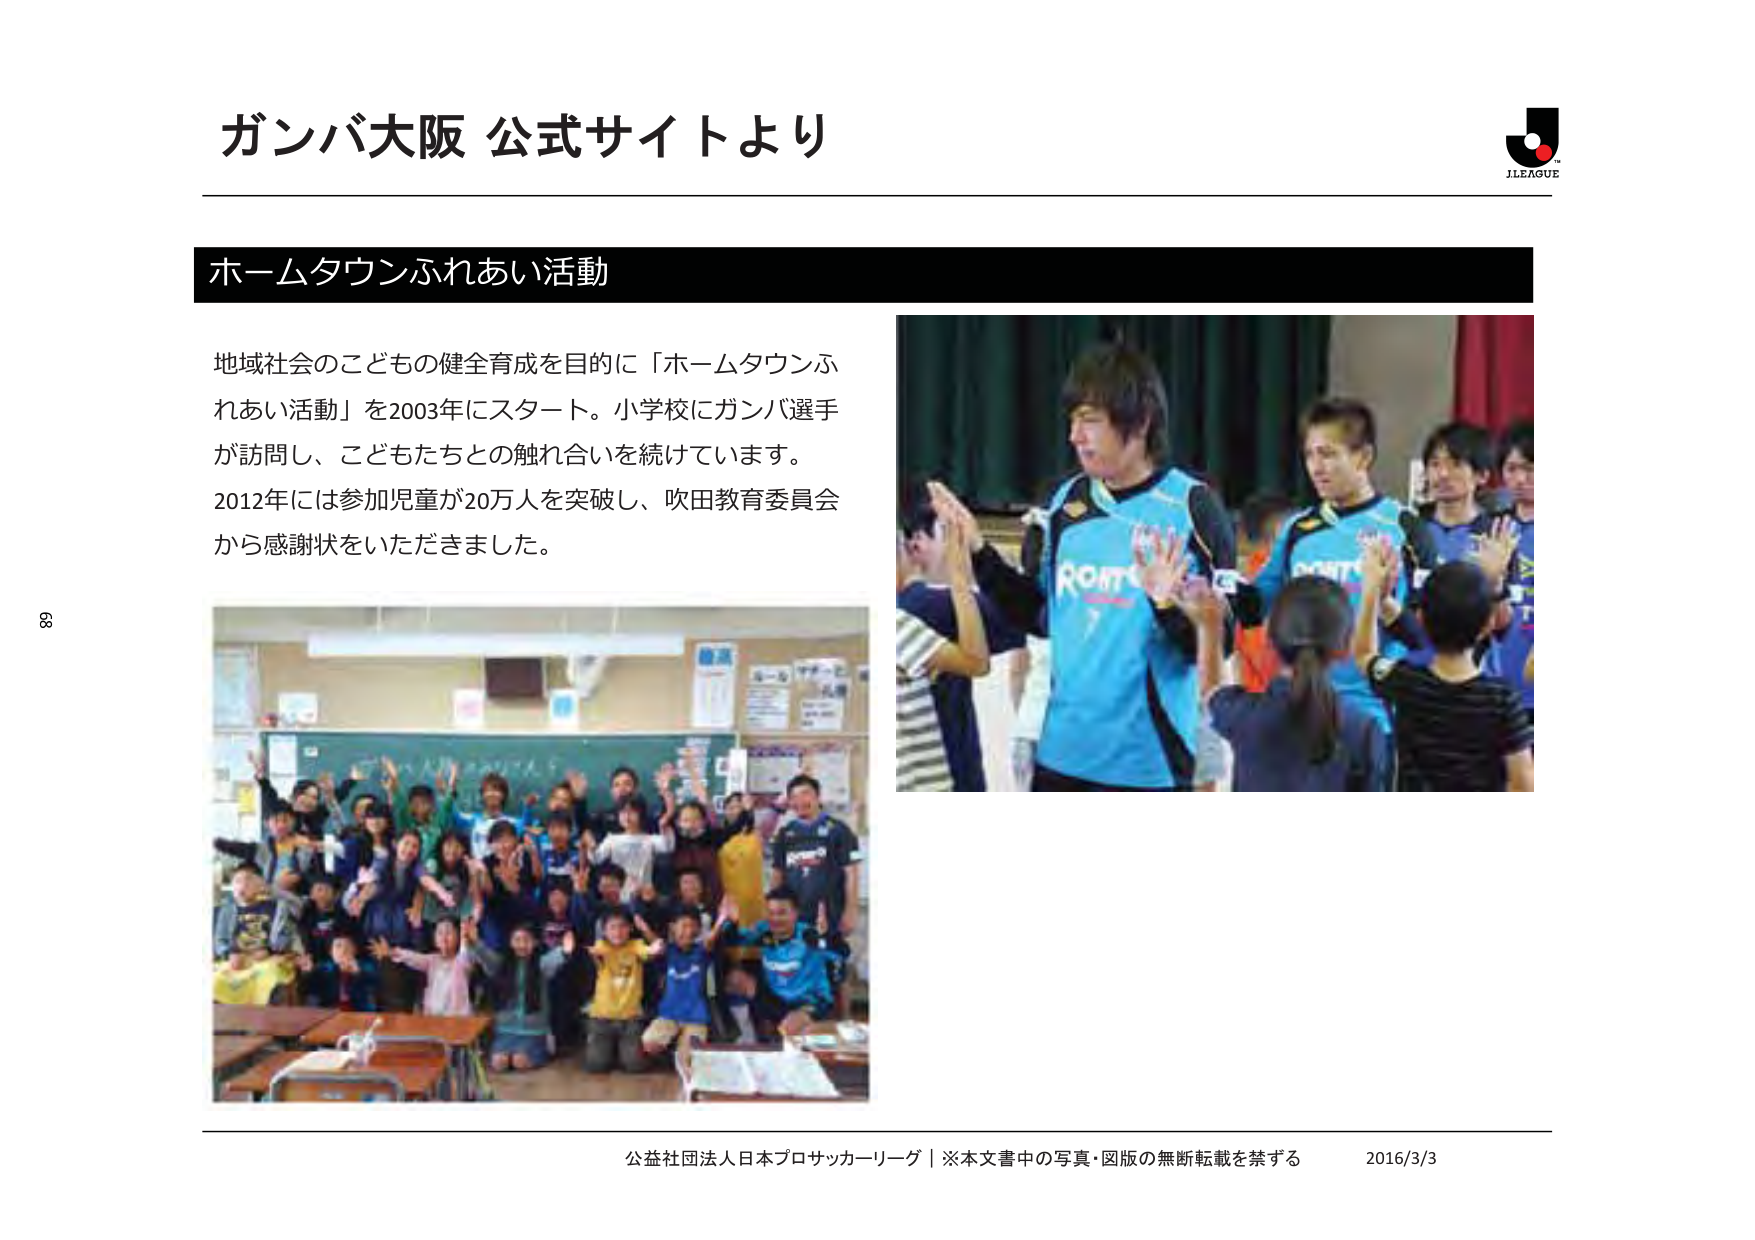
ガンバ大阪 公式サイトより

ホームタウンふれあい活動

地域社会のこどもの健全育成を目的に「ホームタウンふれあい活動」を2003年にスタート。小学校にガンバ選手が訪問し、こどもたちとの触れ合いを続けています。
2012年には参加児童が20万人を突破し、吹田教育委員会から感謝状をいただきました。

公益社団法人日本プロサッカーリーグ｜※本文書中の写真・図版の無断転載を禁ずる 2016/3/3

J.LEAGUE